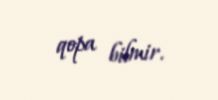
qopa bilmir.